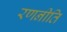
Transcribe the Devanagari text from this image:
रणनीति